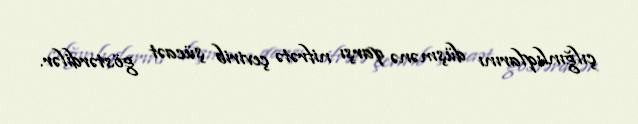
çılğınlıqlarını düşmənə qarşı nifrətə çevirib şücaət göstərdilər.